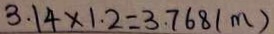
3 . 1 4 \times 1 . 2 = 3 . 7 6 8 ( m )